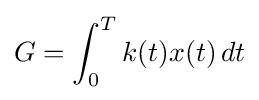
G=\int _{0}^{T}k(t)x(t)\,dt